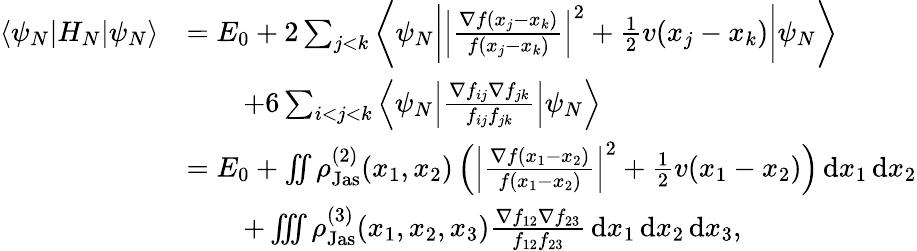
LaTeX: \begin{array}{rl}{\left\langle\psi_{N}\middle\vert H_{N}\middle\vert\psi_{N}\right\rangle}&{=E_{0}+2\sum_{j<k}\left\langle\psi_{N}\middle\vert\left\vert\frac{\nabla f(x_{j}-x_{k})}{f(x_{j}-x_{k})}\right\vert^{2}+\frac{1}{2}v(x_{j}-x_{k})\middle\vert\psi_{N}\right\rangle}\\ &{\qquad+6\sum_{i<j<k}\left\langle\psi_{N}\middle\vert\frac{\nabla f_{ij}\nabla f_{jk}}{f_{ij}f_{jk}}\middle\vert\psi_{N}\right\rangle}\\ &{=E_{0}+\iint\rho_{\textnormal{Jas}}^{(2)}(x_{1},x_{2})\left(\left\vert\frac{\nabla f(x_{1}-x_{2})}{f(x_{1}-x_{2})}\right\vert^{2}+\frac{1}{2}v(x_{1}-x_{2})\right)\, \textnormal{d}x_{1}\, \textnormal{d}x_{2}}\\ &{\qquad+\iiint\rho_{\textnormal{Jas}}^{(3)}(x_{1},x_{2},x_{3})\frac{\nabla f_{12}\nabla f_{23}}{f_{12}f_{23}}\, \textnormal{d}x_{1}\, \textnormal{d}x_{2}\, \textnormal{d}x_{3},}\end{array}